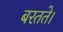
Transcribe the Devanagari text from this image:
बरतते।